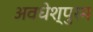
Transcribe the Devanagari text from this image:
अवधेश्पुरम